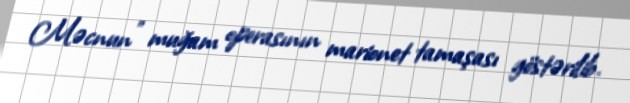
Məcnun” muğam operasının marionet tamaşası göstərilib.